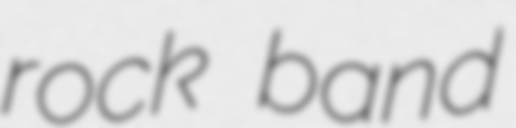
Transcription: rock band